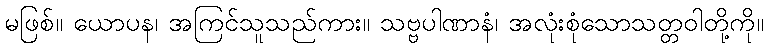
မဖြစ်။ ယောပန၊ အကြင်သူသည်ကား။ သဗ္ဗပါဏာနံ၊ အလုံးစုံသောသတ္တဝါတို့ကို။